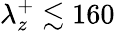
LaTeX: \lambda_{z}^{+}\lesssim 160